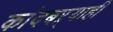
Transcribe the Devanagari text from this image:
कांदबऱ्याही